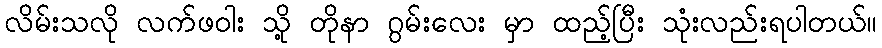
လိမ်းသလို လက်ဖဝါး သို့ တိုနာ ဂွမ်းလေး မှာ ထည့်ပြီး သုံးလည်းရပါတယ်။